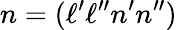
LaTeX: n=(\ell^{\prime}\ell^{\prime\prime}n^{\prime}n^{\prime\prime})